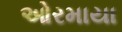
ઓરમાયા